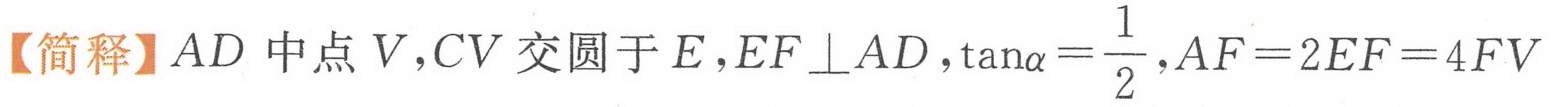
【简释】$AD$中点$V$,$CV$交圆于$E$,$EF\perp AD$,$\tan\alpha=\dfrac{1}{2}$,$AF = 2EF = 4FV$